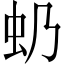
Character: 𧈣